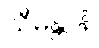
သီမန္တာနံ